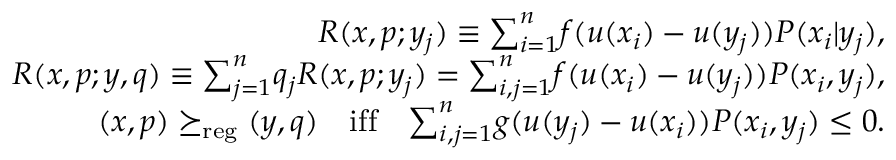
\begin{array} { r l r } & { } & { R ( x , p ; y _ { j } ) \equiv { \sum } _ { i = 1 } ^ { n } f ( u ( x _ { i } ) - u ( y _ { j } ) ) P ( x _ { i } | y _ { j } ) , } \\ & { } & { R ( x , p ; y , q ) \equiv { \sum } _ { j = 1 } ^ { n } q _ { j } R ( x , p ; y _ { j } ) = { \sum } _ { i , j = 1 } ^ { n } f ( u ( x _ { i } ) - u ( y _ { j } ) ) P ( x _ { i } , y _ { j } ) , } \\ & { } & { ( x , p ) \succeq _ { \mathrm { r e g } } ( y , q ) \quad \mathrm { i f f } \quad { \sum } _ { i , j = 1 } ^ { n } g ( u ( y _ { j } ) - u ( x _ { i } ) ) P ( x _ { i } , y _ { j } ) \leq 0 . } \end{array}